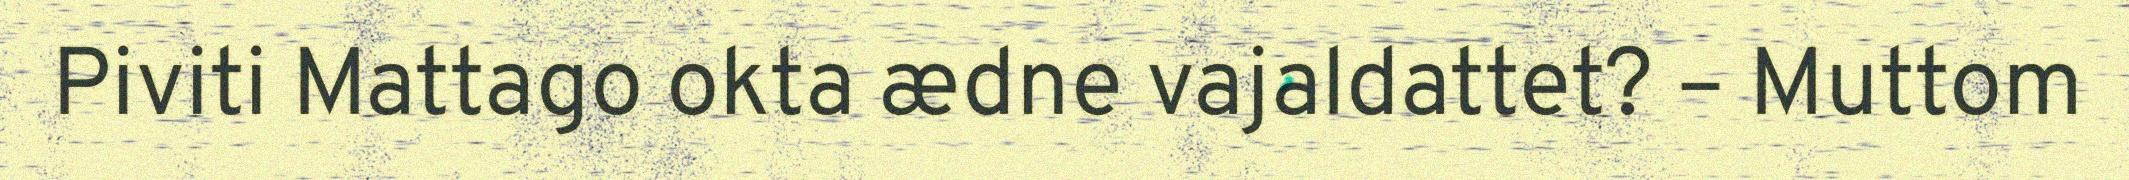
Piviti Mattago okta ædne vajaldattet? – Muttom